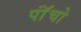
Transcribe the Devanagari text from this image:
पाॅंचो